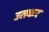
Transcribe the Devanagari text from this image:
उतकर